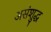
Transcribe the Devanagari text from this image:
असंशुद्ध